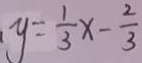
y = \frac { 1 } { 3 } x - \frac { 2 } { 3 }